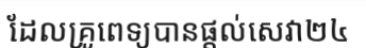
ដែលគ្រូពេទ្យបានផ្តល់សេវា២៤